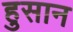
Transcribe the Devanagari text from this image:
हुसान